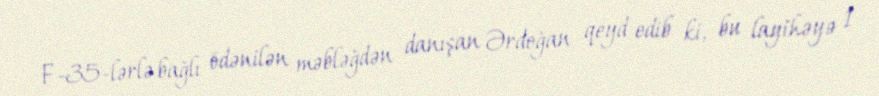
F-35-lərlə bağlı ödənilən məbləğdən danışan Ərdoğan qeyd edib ki, bu layihəyə 1